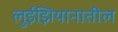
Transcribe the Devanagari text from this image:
लुईझियानातील